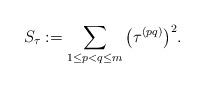
LaTeX: \begin{align*} S_\tau := \sum_{1 \leq p < q \leq m}\big(\tau^{(pq)}\big)^2.\end{align*}